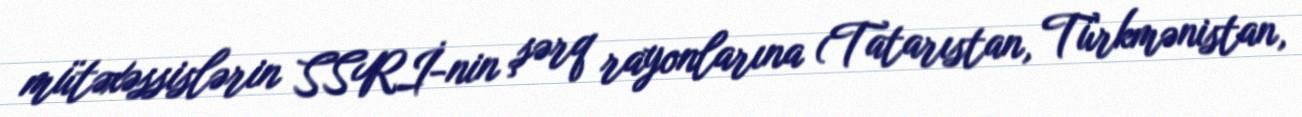
mütəxəssislərin SSRİ-nin şərq rayonlarına (Tatarıstan, Türkmənistan,